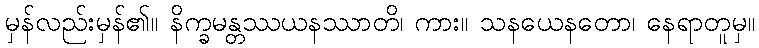
မှန်လည်းမှန်၏။ နိက္ခမန္တဿယနဿာတိ၊ ကား။ သနယေနတော၊ နေရာတူမှ။